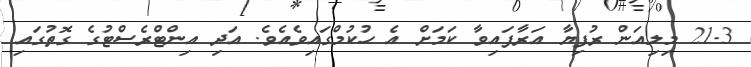
21.3 މިލިއަން ރުފިޔާ އަރާފައިވާ ކަމަށް އެ ހުކުމްގައިވެއެވެ. އަދި އިންޓްރެސްޓުގެ ގޮތުގައި